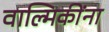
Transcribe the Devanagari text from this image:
वाल्मिकींना